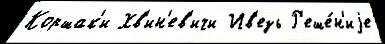
Коршак'и Хв'ин'ев'ичи Ив'езь Р'еше́н'иjе